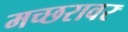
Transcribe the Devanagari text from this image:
मच्छरावर